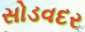
સોડવદર